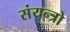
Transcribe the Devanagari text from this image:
संयन्त्रो